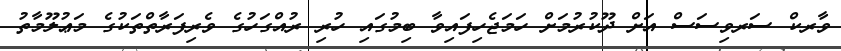
ވާރކް ސަރވިސަސް އަށް ދޫކުރުމަށް ހަމަޖެހިފައިވާ ބިމުގައި ހުރި ރުއްގަހުގެ ވެރިފަރާތްތަކުގެ މަޢުލޫމާތު